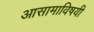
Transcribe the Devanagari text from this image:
आसामाविषयी